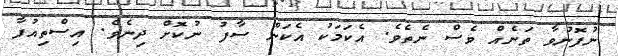
ނުފޮނުވާ ތަނެއް ވެސް ނެތެވެ. އެކަމަކު އެކަން ސާފު ނުކޮށް ދިނެވެ. އިސްތިއުފާ